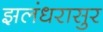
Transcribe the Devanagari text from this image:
झलंधरासुर